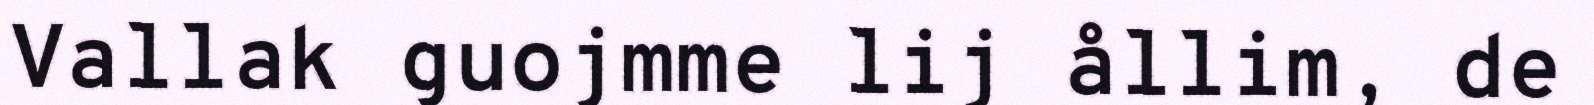
Vallak guojmme lij ållim, de